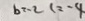
b = - 2 c _ { 2 } - 4